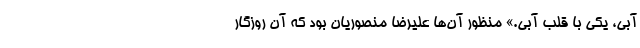
آبی، یکی با قلب آبی.» منظور آن‌ها علیرضا منصوریان بود که آن روزگار